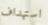
استهداف